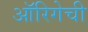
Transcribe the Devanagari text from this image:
ऑरिगेची